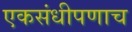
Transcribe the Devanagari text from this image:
एकसंधीपणाच